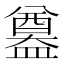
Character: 𥂴